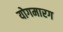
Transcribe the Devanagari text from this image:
योगमारग